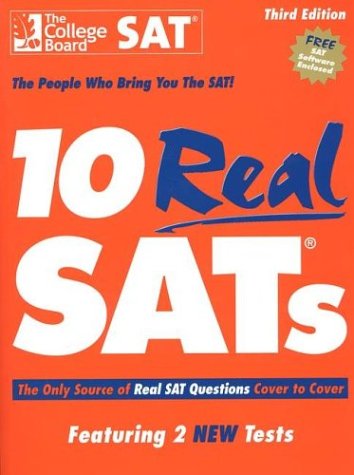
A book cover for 10 Real SATs, Third Edition; The College Board; Test Preparation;